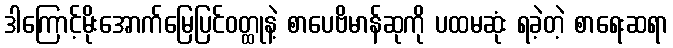
ဒါကြောင့်မိုးအောက်မြေပြင်ဝတ္ထုနဲ့ စာပေဗိမာန်ဆုကို ပထမဆုံး ရခဲ့တဲ့ စာရေးဆရာ